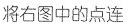
将右图中的点连